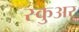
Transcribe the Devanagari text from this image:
स्कुअर